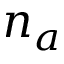
n _ { a }